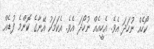
ކޯހެއް ނުހަދަ އެވެ. އެހީއެއް ނުހޯދަ އެވެ. އެކަމަކު އޭނާގެ ކޮންމެ ފުޑެއް